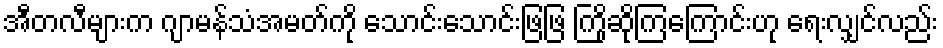
အီတလီများက ဂျာမန်သံအမတ်ကို သောင်းသောင်းဖြဖြ ကြိုဆိုကြကြောင်းဟု ရေးလျှင်လည်း